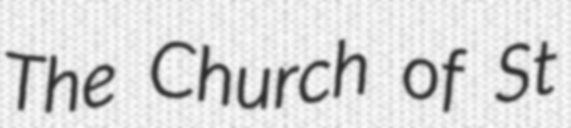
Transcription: The Church of St